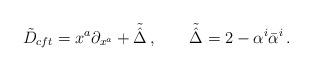
LaTeX: \begin{align*}\tilde{D}_{cft}=x^a\partial_{x^a}+\tilde{\hat{\Delta}}\,,\qquad\tilde{\hat{\Delta}}=2-\alpha^i\bar{\alpha}^i\,.\end{align*}